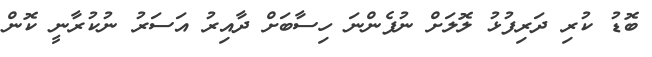
ބޮޑު ކުރި ދަރިފުޅު ލޮލަށް ނުފެންނަ ހިސާބަށް ދާއިރު އަސަރު ނުކުރާނީ ކޮން